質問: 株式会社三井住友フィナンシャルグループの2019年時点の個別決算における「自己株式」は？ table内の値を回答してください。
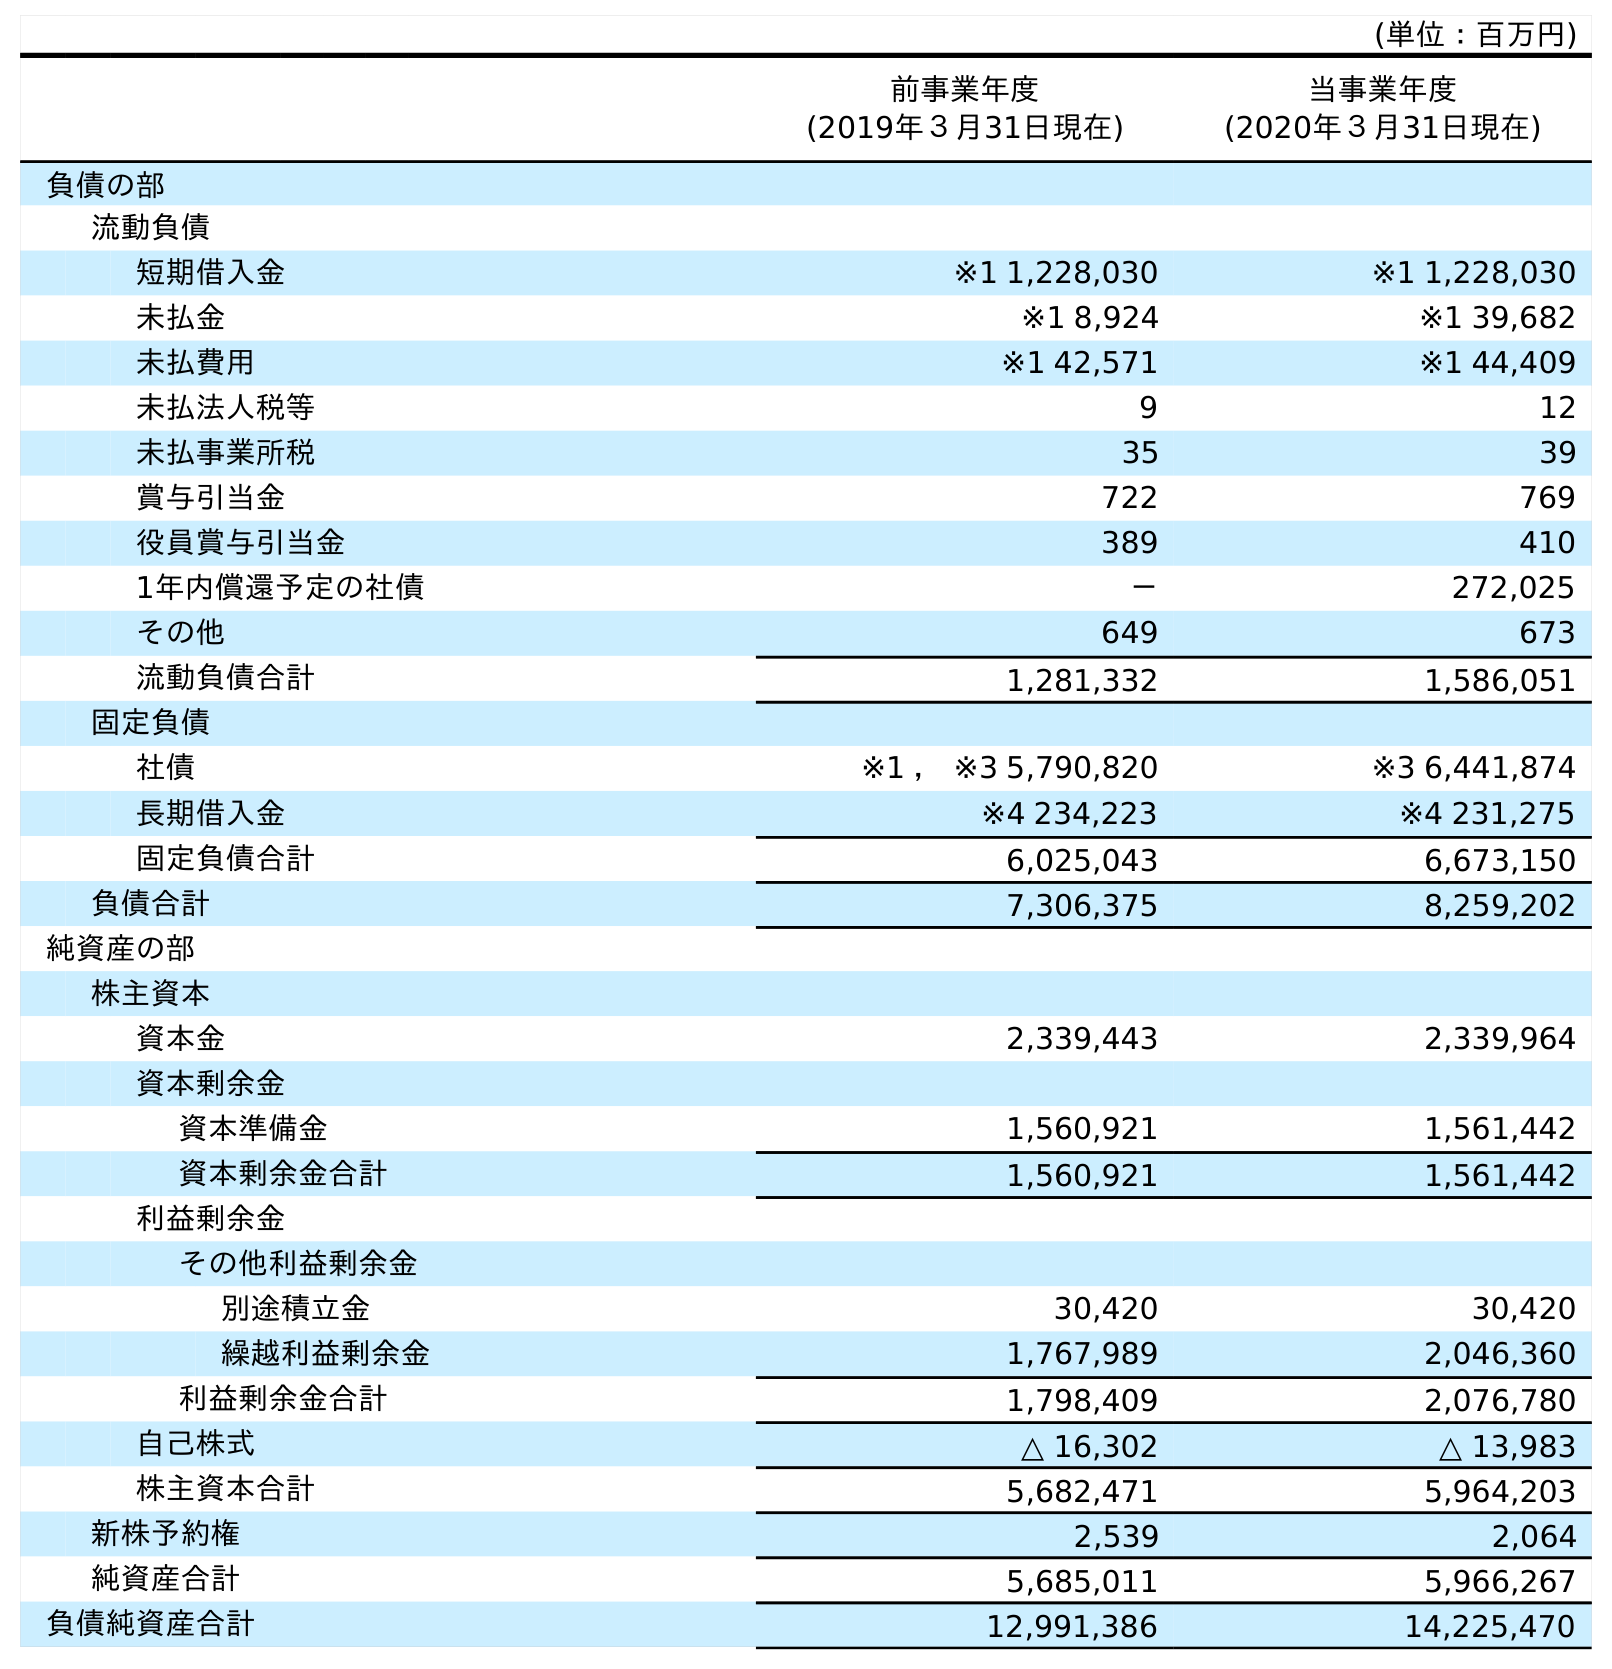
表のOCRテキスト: (単位：百万円) 前事業年度 (2019年３月31日現在) 当事業年度 (2020年３月31日現在) 負債の部 流動負債 短期借入金 ※1 1,228,030 ※1 1,228,030 未払金 ※1 8,924 ※1 39,682 未払費用 ※1 42,571 ※1 44,409 未払法人税等 9 12 未払事業所税 35 39 賞与引当金 722 769 役員賞与引当金 389 410 1年内償還予定の社債 － 272,025 その他 649 673 流動負債合計 1,281,332 1,586,051 固定負債 社債 ※1 ， ※3 5,790,820 ※3 6,441,874 長期借入金 ※4 234,223 ※4 231,275 固定負債合計 6,025,043 6,673,150 負債合計 7,306,375 8,259,202 純資産の部 株主資本 資本金 2,339,443 2,339,964 資本剰余金 資本準備金 1,560,921 1,561,442 資本剰余金合計 1,560,921 1,561,442 利益剰余金 その他利益剰余金 別途積立金 30,420 30,420 繰越利益剰余金 1,767,989 2,046,360 利益剰余金合計 1,798,409 2,076,780 自己株式 △ 16,302 △ 13,983 株主資本合計 5,682,471 5,964,203 新株予約権 2,539 2,064 純資産合計 5,685,011 5,966,267 負債純資産合計 12,991,386 14,225,470
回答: △16,302